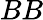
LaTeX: BB